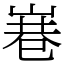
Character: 㟟